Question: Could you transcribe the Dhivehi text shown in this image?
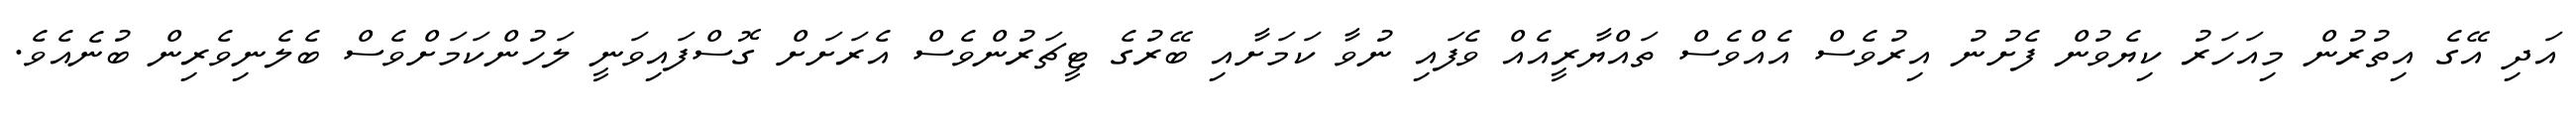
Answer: އަދި އޭގެ އިތުރުން މިއަހަރު ކިޔެވުން ފެށުނު އިރުވެސް އެއްވެސް ތައްޔާރީއެއް ވެފައި ނުވާ ކަމަށާއި ބޭރުގެ ޓީޗަރުންވެސް އެރަށަށް ގޮސްފައިވަނީ ލަހުންކަމަށްވެސް ބެލެނިވެރިން ބުނެއެވެ.